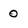
Character: 0